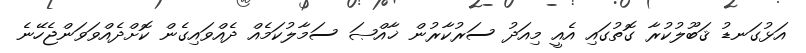
އަޅުގަނޑު ޤަބޫލުކުރާ ގޮތުގައި އެއީ މިއަދު ސަރުކާރުން ޚާއްޞަ ސަމާލުކަމެއް ދެއްވައިގެން ކޮށްދެއްވަވަންޖެހޭނެ